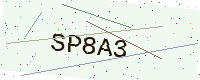
Text: SP8A3